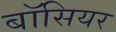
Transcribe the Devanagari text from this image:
बॉसियर